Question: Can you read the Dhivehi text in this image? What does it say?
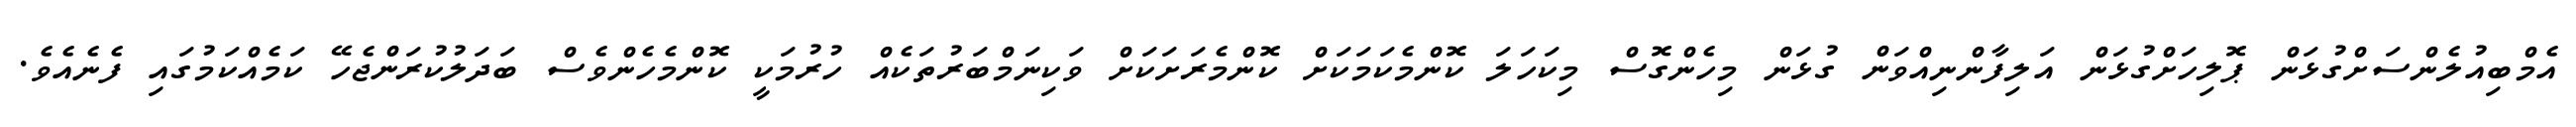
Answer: އެމްބިއުލެންސަށްގުޅަން ޕޮލިހަށްގުޅަން އަލިފާންނިއްވަން ގުޅަން މިހެންގޮސް މިކަހަލަ ކޮންމެކަމަކަށް ކޮންމެރަށަކަށް ވަކިނަމްބަރުތަކެއް ހުރުމަކީ ކޮންމެހެންވެސް ބަދަލުކުރަންޖެހޭ ކަމެއްކަމުގައި ފެނެއެވެ.